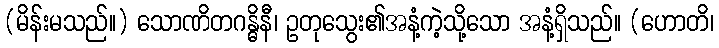
(မိန်းမသည်။) သောဏိတဂန္ဓိနီ၊ ဥတုသွေး၏အနံ့ကဲ့သို့သော အနံ့ရှိသည်။ (ဟောတိ၊